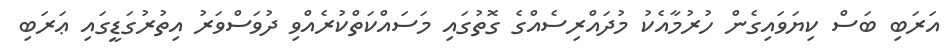
އަރަބި ބަސް ކިޔަވައިގެން ހުރުމާއެކު މުދައްރިސެއްގެ ގޮތުގައި މަސައްކަތްކުރެއްވި ދުވަސްވަރު އިތުރުގަޑީގައި ޢަރަބި